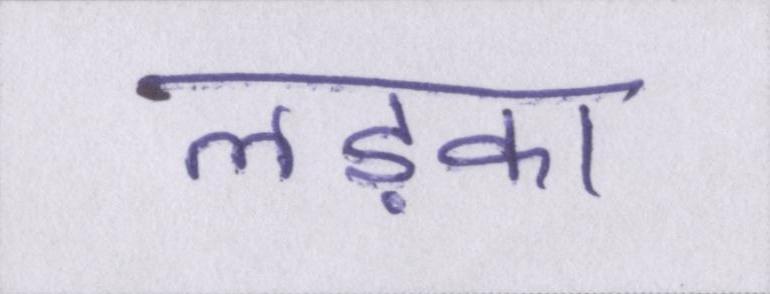
लड़का